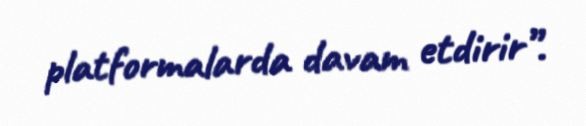
platformalarda davam etdirir”.